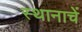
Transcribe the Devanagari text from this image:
स्थानाचें